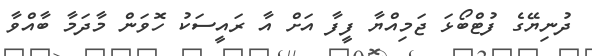
ދުނިޔޭގެ ފުޓްބޯޅަ ޖަމިއްޔާ ފީފާ އަށް އާ ރައީސަކު ހޮވަން މާދަމާ ބާއްވާ